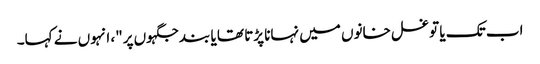
اب تک یا تو غسل خانوں میں نہانا پڑتا تھا یا بند جگہوں پر"، انہوں نے کہا۔